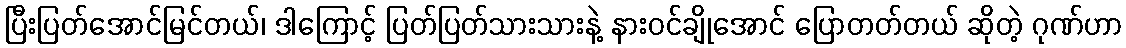
ပြီးပြတ်အောင်မြင်တယ်၊ ဒါကြောင့် ပြတ်ပြတ်သားသားနဲ့ နားဝင်ချိုအောင် ပြောတတ်တယ် ဆိုတဲ့ ဂုဏ်ဟာ